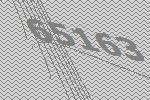
65163